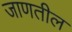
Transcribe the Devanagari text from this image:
जाणतील